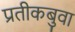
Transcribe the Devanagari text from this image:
प्रतीकबुवा